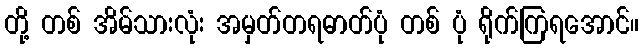
တို့ တစ် အိမ်သားလုံး အမှတ်တရဓာတ်ပုံ တစ် ပုံ ရိုက်ကြရအောင်။